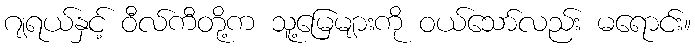
ဂျရယ်နှင့် ဝီလ်ကီတို့က သူ့မြေများကို ဝယ်သော်လည်း မရောင်း။